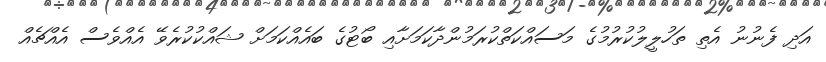
އަދި ފެނުނު އެތި ތަހުލީލުކުރުމުގެ މަސައްކަތްކުރަމުންދާކަމަށާއި ބޯޓުގެ ބައެއްކަމަށް ޝައްކުކުރެވޭ އެއްވެސް އެއްޗެއް